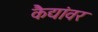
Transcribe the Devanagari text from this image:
कैद्यांवर